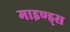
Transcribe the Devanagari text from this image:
माइण्ड्स